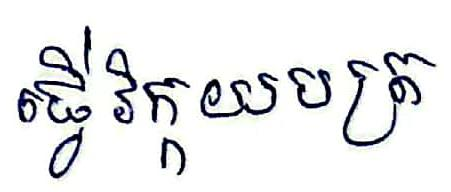
ធ្វើវិក្កយបត្រ